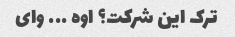
ترک این شرکت؟ اوه ... وای